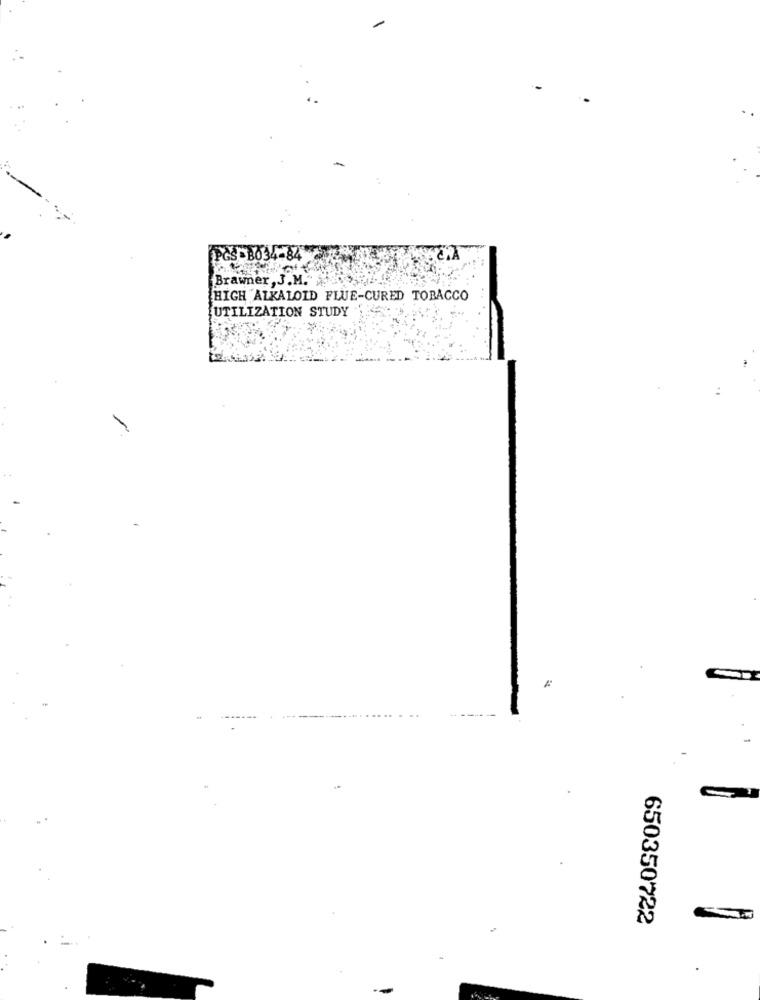
-
GS B034-84
CHA
Brawner , J.M.
HIGH ALKALOID FLUE-CURED TOBACCO
UTILIZATION STUDY
650350722